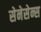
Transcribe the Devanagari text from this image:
सेनेसेन्स